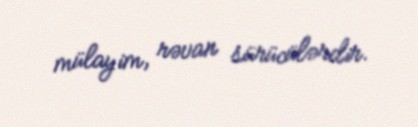
mülayim, rəvan sürücülərdir.